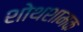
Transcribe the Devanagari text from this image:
शोथशामक